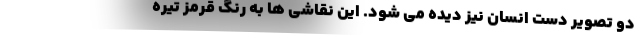
دو تصویر دست انسان نیز دیده می شود. این نقاشی ها به رنگ قرمز تیره